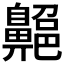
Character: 𪖱